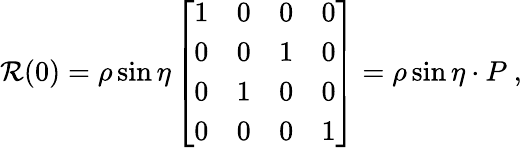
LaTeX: {\cal R}(0)=\rho\sin\eta\left[\begin{array}{cccc}{{1}}&{{0}}&{{0}}&{{0}}\\ {{0}}&{{0}}&{{1}}&{{0}}\\ {{0}}&{{1}}&{{0}}&{{0}}\\ {{0}}&{{0}}&{{0}}&{{1}}\end{array}\right]=\rho\sin\eta\cdot P~,